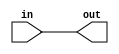
module fpu_bufrpt_grp32 (
	in,
	out
);
	input [31:0] in;
	output [31:0] out;
	assign out[31:0] = in[31:0];
endmodule